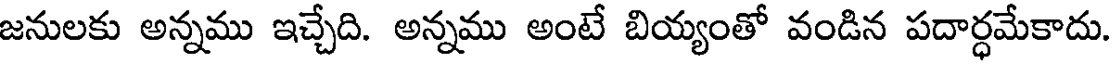
జనులకు అన్నము ఇచ్చేది. అన్నము అంటే బియ్యంతో వండిన పదార్ధమేకాదు.